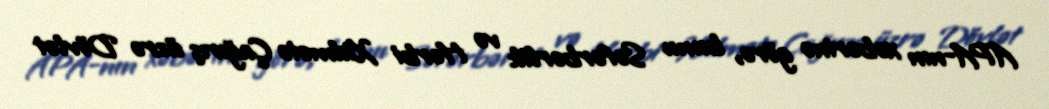
APA-nın xəbərinə görə, bunu Səfərbərlik və Hərbi Xidmətə Çağırış üzrə Dövlət